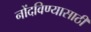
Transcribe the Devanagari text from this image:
नोंदविण्यासाठी